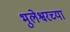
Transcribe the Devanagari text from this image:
भुलेश्वरच्या